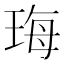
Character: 珻